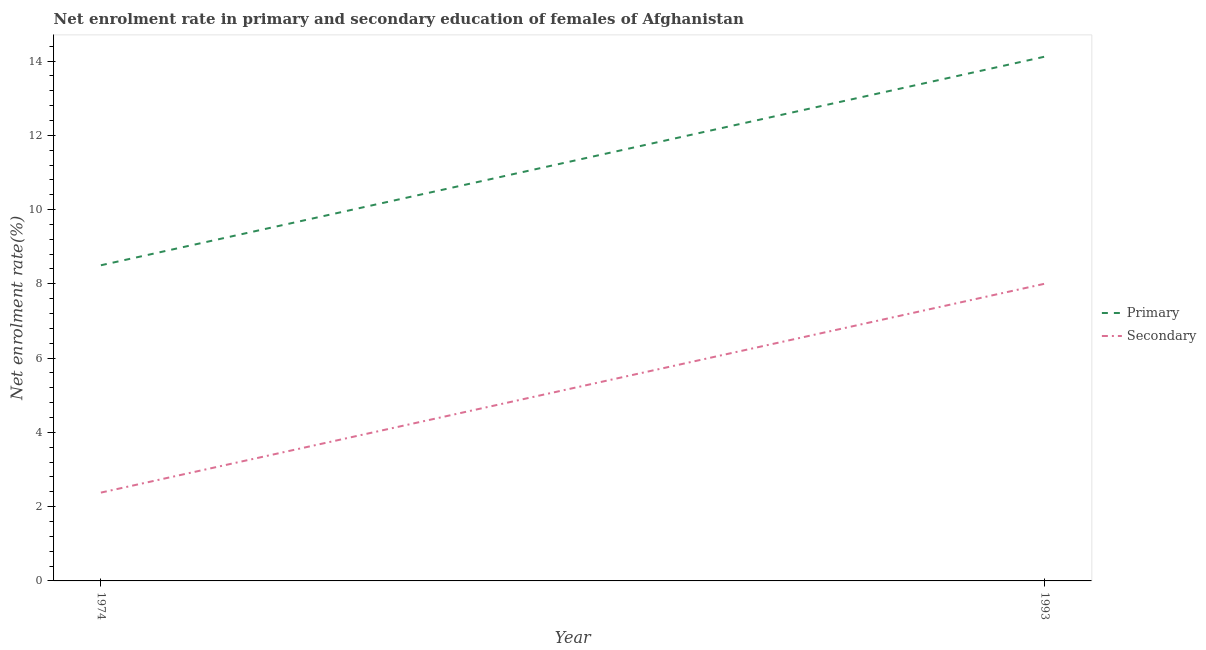
| Year | Primary | Secondary |
 | --- | --- | --- |
 | 1974 | 8.5 | 2.38 |
 | 1993 | 14.1 | 8 |